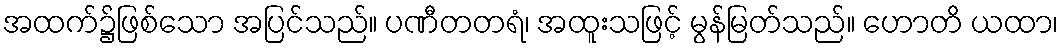
အထက်၌ဖြစ်သော အပြင်သည်။ ပဏီတတရံ၊ အထူးသဖြင့် မွန်မြတ်သည်။ ဟောတိ ယထာ၊